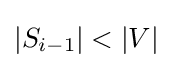
|S_{i-1}|<|V|